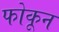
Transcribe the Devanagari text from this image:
फोकून